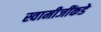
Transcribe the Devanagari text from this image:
स्वामीजींकडे